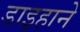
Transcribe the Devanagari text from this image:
डाइहाने